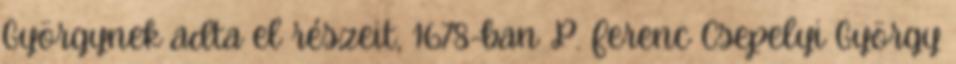
Györgynek adta el részeit, 1678-ban P. Ferenc Csepelyi György